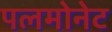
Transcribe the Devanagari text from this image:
पलमोनेट